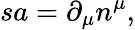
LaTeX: sa=\partial_{\mu}n^{\mu},